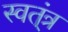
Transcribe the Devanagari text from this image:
स्वत्ंत्र